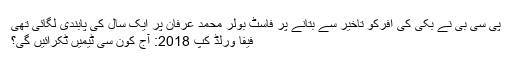
پی سی بی نے بکی کی آفرکو تاخیر سے بتانے پر فاسٹ بولر محمد عرفان پر ایک سال کی پابندی لگائی تھی
فیفا ورلڈ کپ 2018: آج کون سی ٹیمیں ٹکرائیں گی؟